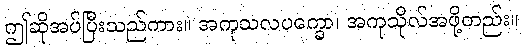
ဤဆိုအပ်ပြီးသည်ကား။ အကုသလပက္ခော၊ အကုသိုလ်အဖို့တည်း။